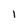
Character: 1